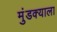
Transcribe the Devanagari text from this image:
मुंडक्याला